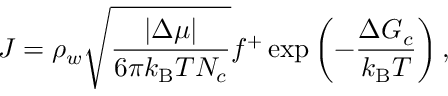
J = \rho _ { w } \sqrt { \frac { | \Delta \mu | } { 6 \pi k _ { \mathrm { B } } T N _ { c } } } f ^ { + } \exp \left( - \frac { \Delta G _ { c } } { k _ { \mathrm { B } } T } \right) ,